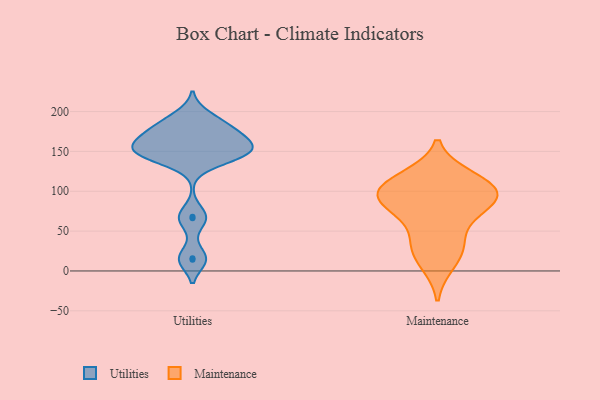
{"axis": {"x": "Customer Acquisition Cost (USD)", "y": "Value"}, "legend": ["Maintenance", "Utilities"], "data": [{"x": "", "y": 186, "type": "Utilities"}, {"x": "", "y": 146, "type": "Utilities"}, {"x": "", "y": 146, "type": "Utilities"}, {"x": "", "y": 16, "type": "Utilities"}, {"x": "", "y": 68, "type": "Utilities"}, {"x": "", "y": 167, "type": "Utilities"}, {"x": "", "y": 14, "type": "Utilities"}, {"x": "", "y": 158, "type": "Utilities"}, {"x": "", "y": 155, "type": "Utilities"}, {"x": "", "y": 174, "type": "Utilities"}, {"x": "", "y": 196, "type": "Utilities"}, {"x": "", "y": 182, "type": "Utilities"}, {"x": "", "y": 171, "type": "Utilities"}, {"x": "", "y": 147, "type": "Utilities"}, {"x": "", "y": 138, "type": "Utilities"}, {"x": "", "y": 147, "type": "Utilities"}, {"x": "", "y": 158, "type": "Utilities"}, {"x": "", "y": 66, "type": "Utilities"}, {"x": "", "y": 73, "type": "Maintenance"}, {"x": "", "y": 83, "type": "Maintenance"}, {"x": "", "y": 33, "type": "Maintenance"}, {"x": "", "y": 117, "type": "Maintenance"}, {"x": "", "y": 97, "type": "Maintenance"}, {"x": "", "y": 33, "type": "Maintenance"}, {"x": "", "y": 10, "type": "Maintenance"}, {"x": "", "y": 105, "type": "Maintenance"}, {"x": "", "y": 89, "type": "Maintenance"}, {"x": "", "y": 95, "type": "Maintenance"}, {"x": "", "y": 111, "type": "Maintenance"}]}